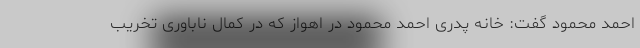
احمد محمود گفت: خانه پدری احمد محمود در اهواز که در کمال ناباوری تخریب